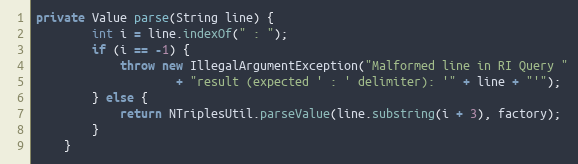
Language: Java
private Value parse(String line) {
        int i = line.indexOf(" : ");
        if (i == -1) {
            throw new IllegalArgumentException("Malformed line in RI Query "
                    + "result (expected ' : ' delimiter): '" + line + "'");
        } else {
            return NTriplesUtil.parseValue(line.substring(i + 3), factory);
        }
    }